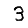
Digit: 3